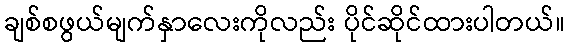
ချစ်စဖွယ်မျက်နှာလေးကိုလည်း ပိုင်ဆိုင်ထားပါတယ်။